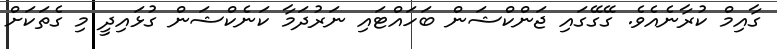
ގާއިމް ކުރާނެއެވެ. ގޭގޭގައި ޖަންކްޝަން ބަހައްޓައި ނަރުދަމާ ކަނެކްޝަން ގުޅައިދީ މި ގެތަކަށް